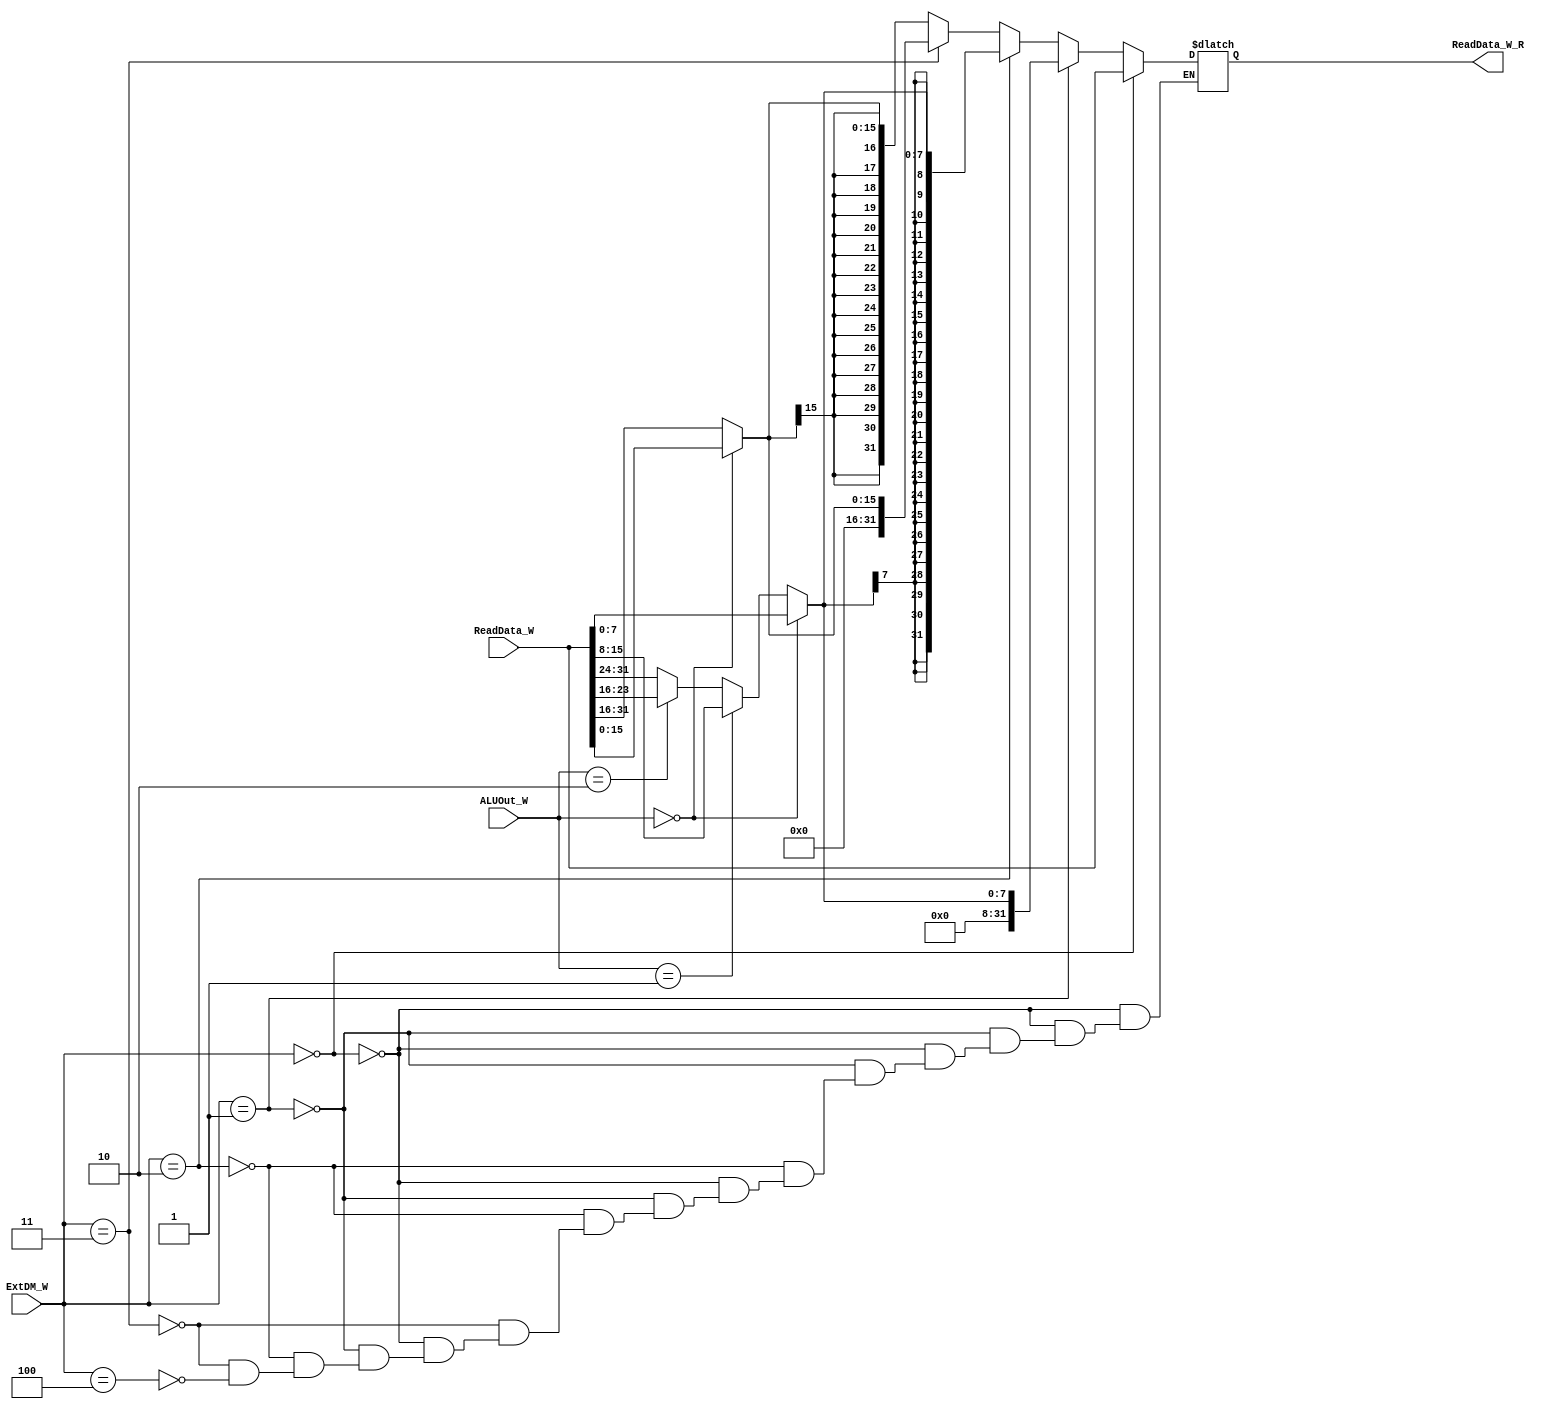
`timescale 1ns / 1ps
//////////////////////////////////////////////////////////////////////////////////
// Company: 
// Engineer: 
// 
// Design Name: 
// Module Name:    ExtDM 
// Project Name: 
// Target Devices: 
// Tool versions: 
// Description: 
//
// Dependencies: 
//
// Revision: 
// Revision 0.01 - File Created
// Additional Comments: 
//
//////////////////////////////////////////////////////////////////////////////////
module ExtDM(
    input [1:0] ALUOut_W,
    input [31:0] ReadData_W,
    input [2:0] ExtDM_W,
    output reg [31:0] ReadData_W_R
    );
	
	wire [7:0] byte0 ;
	wire [15:0] half;
	
	assign byte0 = (ALUOut_W==2'b00) ? ReadData_W[7:0] : 
						(ALUOut_W==2'b01) ? ReadData_W[15:8] :
						(ALUOut_W==2'b10) ? ReadData_W[23:16] :
						(ALUOut_W==2'b11) ? ReadData_W[31:24] : 8'hx;
	assign half =  (ALUOut_W==2'b00) ? ReadData_W[15:0] :
						(ALUOut_W==2'b10) ? ReadData_W[31:16] : 16'hx;
	always @ (*)
	begin
		if(ExtDM_W==3'b000)
			ReadData_W_R=ReadData_W;
		else if(ExtDM_W==3'b001)
			ReadData_W_R={24'b0,byte0};
		else if(ExtDM_W==3'b010)
			ReadData_W_R={{24{byte0[7]}},byte0};
		else if(ExtDM_W==3'b011)
			ReadData_W_R={16'b0,half};
		else if(ExtDM_W==3'b100)
			ReadData_W_R={{16{half[15]}},half};
	end
endmodule